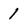
Character: 1